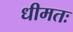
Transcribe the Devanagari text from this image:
धीमतः